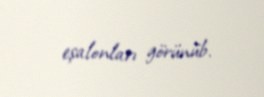
eşalonları görünüb.